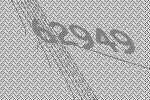
62949